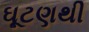
ઘૂટણથી